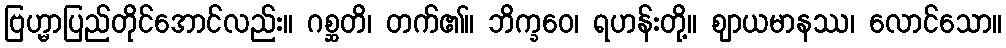
ဗြဟ္မာပြည်တိုင်အောင်လည်း။ ဂစ္ဆတိ၊ တက်၏။ ဘိက္ခဝေ၊ ရဟန်းတို့။ ဈာယမာနဿ၊ လောင်သော။